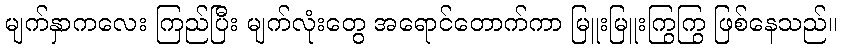
မျက်နှာကလေး ကြည်ပြီး မျက်လုံးတွေ အရောင်တောက်ကာ မြူးမြူးကြွကြွ ဖြစ်နေသည်။